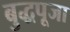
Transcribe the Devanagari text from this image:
बुद्धपूजा